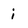
Character: i